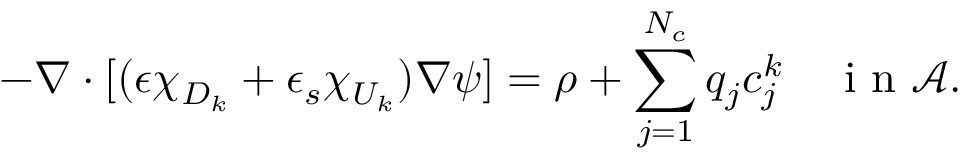
- \nabla \cdot [ ( \epsilon \chi _ { D _ { k } } + \epsilon _ { s } \chi _ { U _ { k } } ) \nabla \psi ] = \rho + \sum _ { j = 1 } ^ { N _ { c } } q _ { j } c _ { j } ^ { k } \quad \mathrm { ~ i ~ n ~ } \mathcal A .